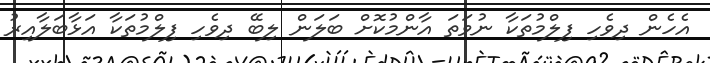
އެހެން ދިވެހި ފިލްމުތަކާ ނުވަތަ އާންމުކޮށް ބަލަން ލިބޭ ދިވެހި ފިލްމުތަކާ އަޅާބަލާއިރު